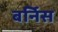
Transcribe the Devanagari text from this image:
बर्निस